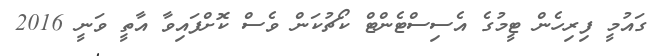
ގައުމީ ފިރިހެން ޓީމުގެ އެސިސްޓެންޓް ކޯޗުކަން ވެސް ކޮށްފައިވާ އާތީ ވަނީ 2016